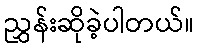
ညွှန်းဆိုခဲ့ပါတယ်။